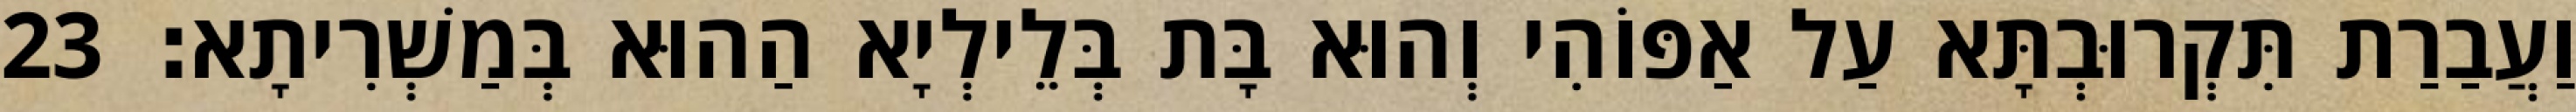
וַעֲבַרַת תִּקְרוּבְתָּא עַל אַפּוֹהִי וְהוּא בָּת בְּלֵילְיָא הַהוּא בְּמַשְׁרִיתָא׃ 23